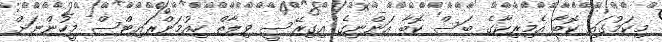
މިކަމުގައި ކޮބާ އެމިރިކާގެ ބަސް ކޮބާ އަންނިގެ އިގިރޭސީ ވިލާތް ހިއުމަންރައިޓްސް މީހުންނަށް